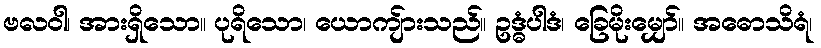
ဗလဝါ၊ အားရှိသော။ ပုရိသော၊ ယောကျ်ားသည်။ ဥဒ္ဓံပါဒံ၊ ခြေမိုးမျှော်။ အဓောသိရံ၊